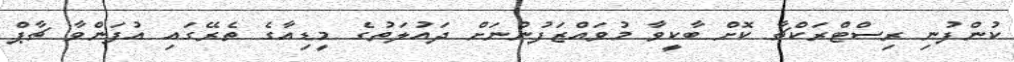
ކުންފުނި ރިސްޓްރަކްޗާ ކޮށް ބާކީވާ މުވައްޒަފުންނަށް ދައުލަތުގެ މީޑިއާގެ ތެރޭގައި އުފަންވާ ޗާޕް